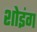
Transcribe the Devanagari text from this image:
शोइंग